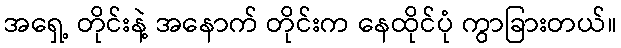
အရှေ့ တိုင်းနဲ့ အနောက် တိုင်းက နေထိုင်ပုံ ကွာခြားတယ်။